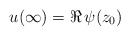
\begin{align*}u(\infty)=\Re\, \psi(z_0)\end{align*}